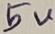
Text: 5V